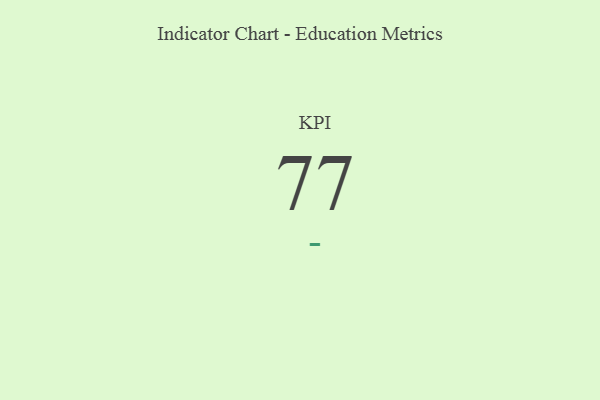
{"axis": {"x": "KPI", "y": "Value"}, "legend": [""], "data": [{"x": "KPI", "y": 77, "type": ""}]}